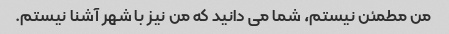
من مطمئن نیستم، شما می دانید که من نیز با شهر آشنا نیستم.